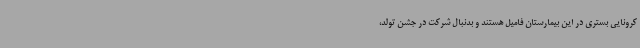
کرونایی بستری در این بیمارستان فامیل هستند و بدنبال شرکت در جشن تولد،